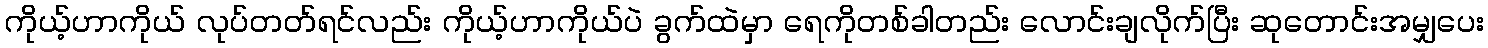
ကိုယ့်ဟာကိုယ် လုပ်တတ်ရင်လည်း ကိုယ့်ဟာကိုယ်ပဲ ခွက်ထဲမှာ ရေကိုတစ်ခါတည်း လောင်းချလိုက်ပြီး ဆုတောင်းအမျှပေး